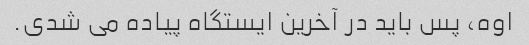
اوه، پس باید در آخرین ایستگاه پیاده می شدی.